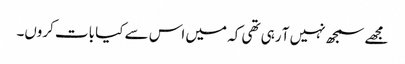
مجھے سمجھ نہیں آ رہی تھی کہ میں اس سے کیا بات کروں۔